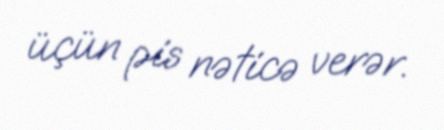
üçün pis nəticə verər.